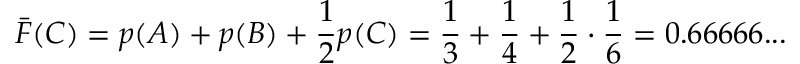
{ \bar { F } } ( C ) = p ( A ) + p ( B ) + { \frac { 1 } { 2 } } p ( C ) = { \frac { 1 } { 3 } } + { \frac { 1 } { 4 } } + { \frac { 1 } { 2 } } \cdot { \frac { 1 } { 6 } } = 0 . 6 6 6 6 6 . . .